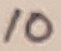
Text: 10